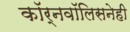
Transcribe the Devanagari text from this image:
कॉर्नवॉलिसनेही